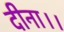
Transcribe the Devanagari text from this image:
दीना।।